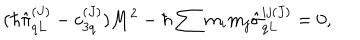
LaTeX: ( \hbar \hat { \pi } _ { q L } ^ { ( J ) } - c _ { 3 q } ^ { ( J ) } ) M ^ { 2 } - \hbar \sum m _ { i } m _ { j } \hat { \sigma } _ { q L } ^ { i j ( J ) } = 0 ,